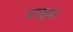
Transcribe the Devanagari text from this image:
शकुर।